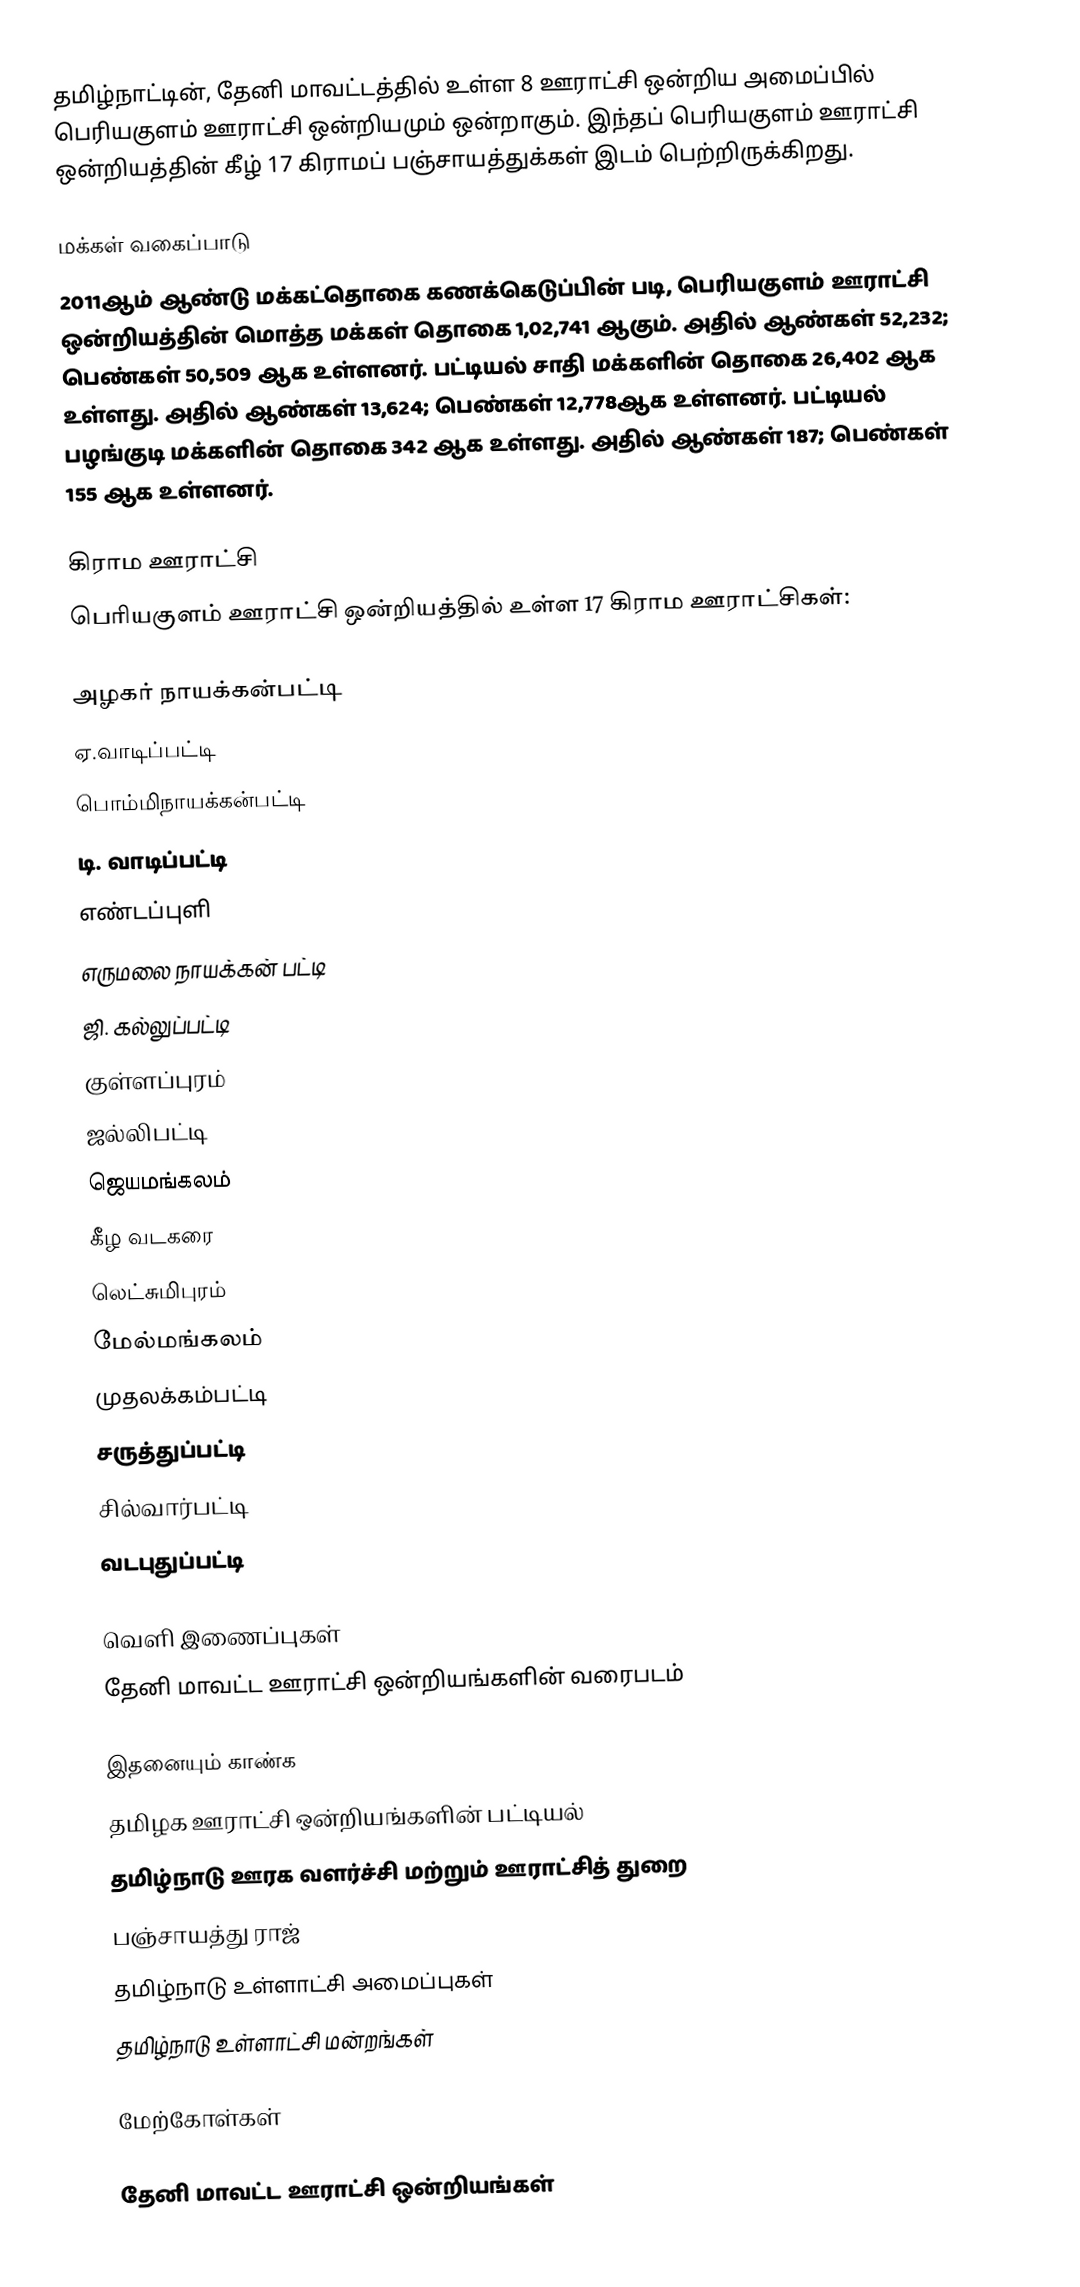
தமிழ்நாட்டின், தேனி மாவட்டத்தில் உள்ள 8 ஊராட்சி ஒன்றிய அமைப்பில் பெரியகுளம் ஊராட்சி ஒன்றியமும் ஒன்றாகும். இந்தப் பெரியகுளம் ஊராட்சி ஒன்றியத்தின் கீழ் 17  கிராமப் பஞ்சாயத்துக்கள் இடம் பெற்றிருக்கிறது.

மக்கள் வகைப்பாடு
2011ஆம் ஆண்டு மக்கட்தொகை கணக்கெடுப்பின் படி, பெரியகுளம் ஊராட்சி ஒன்றியத்தின் மொத்த மக்கள் தொகை 1,02,741 ஆகும். அதில் ஆண்கள் 52,232; பெண்கள் 50,509 ஆக உள்ளனர். பட்டியல் சாதி மக்களின் தொகை 26,402  ஆக உள்ளது. அதில் ஆண்கள் 13,624; பெண்கள் 12,778ஆக உள்ளனர். பட்டியல் பழங்குடி மக்களின் தொகை 342 ஆக உள்ளது. அதில் ஆண்கள் 187; பெண்கள் 155 ஆக உள்ளனர்.

கிராம ஊராட்சி
பெரியகுளம் ஊராட்சி ஒன்றியத்தில் உள்ள 17 கிராம ஊராட்சிகள்:

 அழகர் நாயக்கன்பட்டி
 ஏ.வாடிப்பட்டி
 பொம்மிநாயக்கன்பட்டி
 டி. வாடிப்பட்டி
 எண்டப்புளி
 எருமலை நாயக்கன் பட்டி
 ஜி. கல்லுப்பட்டி
 குள்ளப்புரம்
 ஜல்லிபட்டி
 ஜெயமங்கலம்
 கீழ வடகரை
 லெட்சுமிபுரம்
 மேல்மங்கலம்
 முதலக்கம்பட்டி
 சருத்துப்பட்டி
 சில்வார்பட்டி
 வடபுதுப்பட்டி

வெளி இணைப்புகள்
  தேனி மாவட்ட ஊராட்சி ஒன்றியங்களின் வரைபடம்

இதனையும் காண்க
 தமிழக ஊராட்சி ஒன்றியங்களின் பட்டியல்
 தமிழ்நாடு ஊரக வளர்ச்சி மற்றும் ஊராட்சித் துறை
 பஞ்சாயத்து ராஜ்
 தமிழ்நாடு உள்ளாட்சி அமைப்புகள்
 தமிழ்நாடு உள்ளாட்சி மன்றங்கள்

மேற்கோள்கள்

தேனி மாவட்ட ஊராட்சி ஒன்றியங்கள்